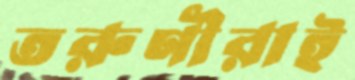
তরুণীরাই